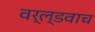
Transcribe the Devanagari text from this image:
वर्ल्डवाच